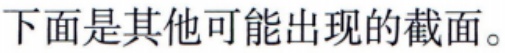
下面是其他可能出现的截面。